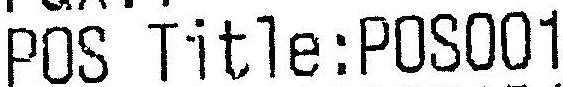
POS TITLE:POS001